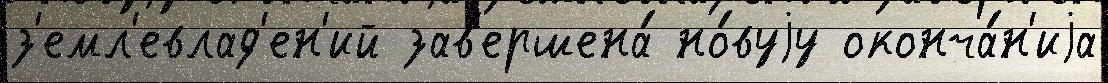
з'емл'евлад'ен'ий зав'ершена́ но́вуjу оконча́н'иjа